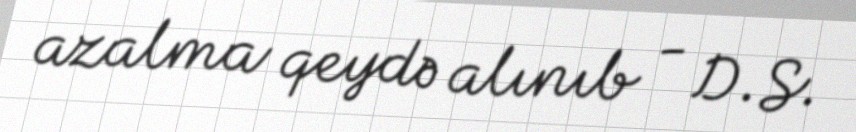
azalma qeydə alınıb - D.S.